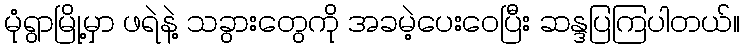
မုံရွာမြို့မှာ ဖရဲနဲ့ သခွားတွေကို အခမဲ့ပေးဝေပြီး ဆန္ဒပြကြပါတယ်။